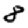
Digit: 8